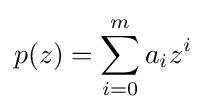
p(z)=\sum _{i=0}^{m}a_{i}z^{i}